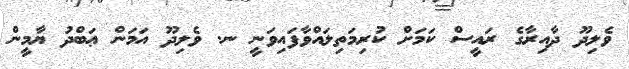
ވެލިދޫ ދާއިރާގެ ރައީސް ކަމަށް ކުރިމަތިލައްވާފައިވަނީ ނ. ވެލިދޫ އަމަން ޢަބްދު ޔާމީން